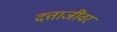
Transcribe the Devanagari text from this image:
दत्ताजींवर